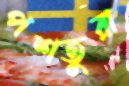
পশতুরা